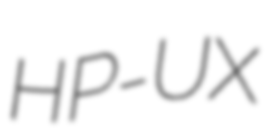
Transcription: HP-UX